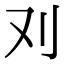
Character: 𠚫